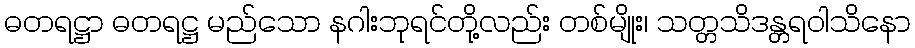
ဓတရဋ္ဌာ ဓတရဋ္ဌ မည်သော နဂါးဘုရင်တို့လည်း တစ်မျိုး၊ သတ္တသိဒန္တရဝါသိနော